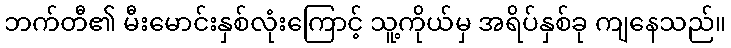
ဘက်တီ၏ မီးမောင်းနှစ်လုံးကြောင့် သူ့ကိုယ်မှ အရိပ်နှစ်ခု ကျနေသည်။